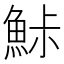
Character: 鮛